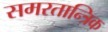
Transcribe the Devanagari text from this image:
समरतान्त्रिक